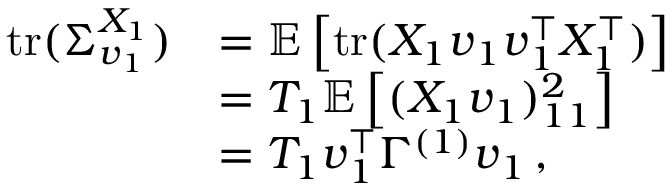
\begin{array} { r l } { \mathrm { t r } ( \Sigma _ { \boldsymbol { v } _ { 1 } } ^ { X _ { 1 } } ) } & { = \mathbb E \left[ \mathrm { t r } ( X _ { 1 } \boldsymbol { v } _ { 1 } \boldsymbol { v } _ { 1 } ^ { \top } X _ { 1 } ^ { \top } ) \right] } \\ & { = T _ { 1 } \mathbb E \left[ ( X _ { 1 } \boldsymbol { v } _ { 1 } ) _ { 1 1 } ^ { 2 } \right] } \\ & { = T _ { 1 } \boldsymbol { v } _ { 1 } ^ { \top } \Gamma ^ { ( 1 ) } \boldsymbol { v } _ { 1 } \, , } \end{array}